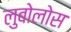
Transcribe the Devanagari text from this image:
लुबोलोस